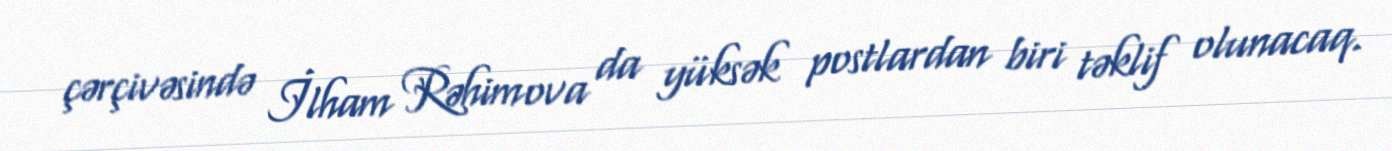
çərçivəsində İlham Rəhimova da yüksək postlardan biri təklif olunacaq.